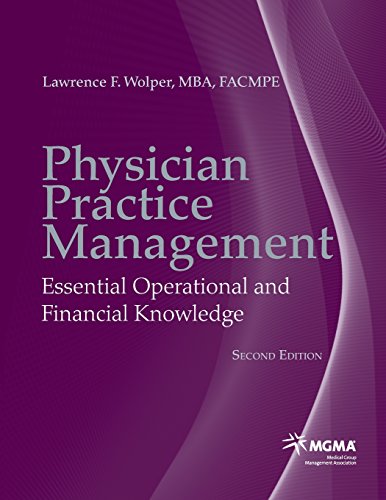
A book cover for Physician Practice Management: Essential Operational and Financial Knowledge; Lawrence F. Wolper; Medical Books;